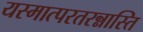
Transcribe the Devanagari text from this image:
यस्मात्परतरन्नास्ति